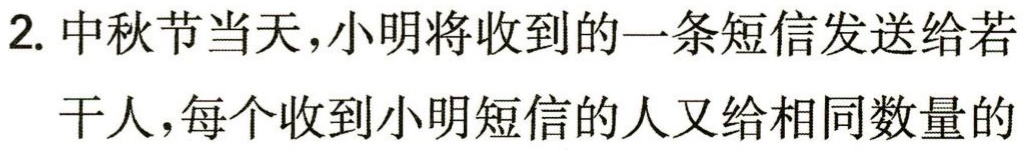
2. 中秋节当天，小明将收到的一条短信发送给若干人，每个收到小明短信的人又给相同数量的